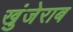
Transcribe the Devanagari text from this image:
खुंजेराब